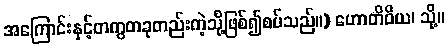
အကြောင်းနှင့်တကွတခုတည်းကဲ့သို့ဖြစ်၍စပ်သည်။) ဟောတိဝိယ၊ သို့။